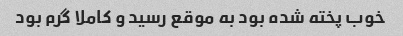
خوب پخته شده بود به موقع رسید و کاملا گرم بود